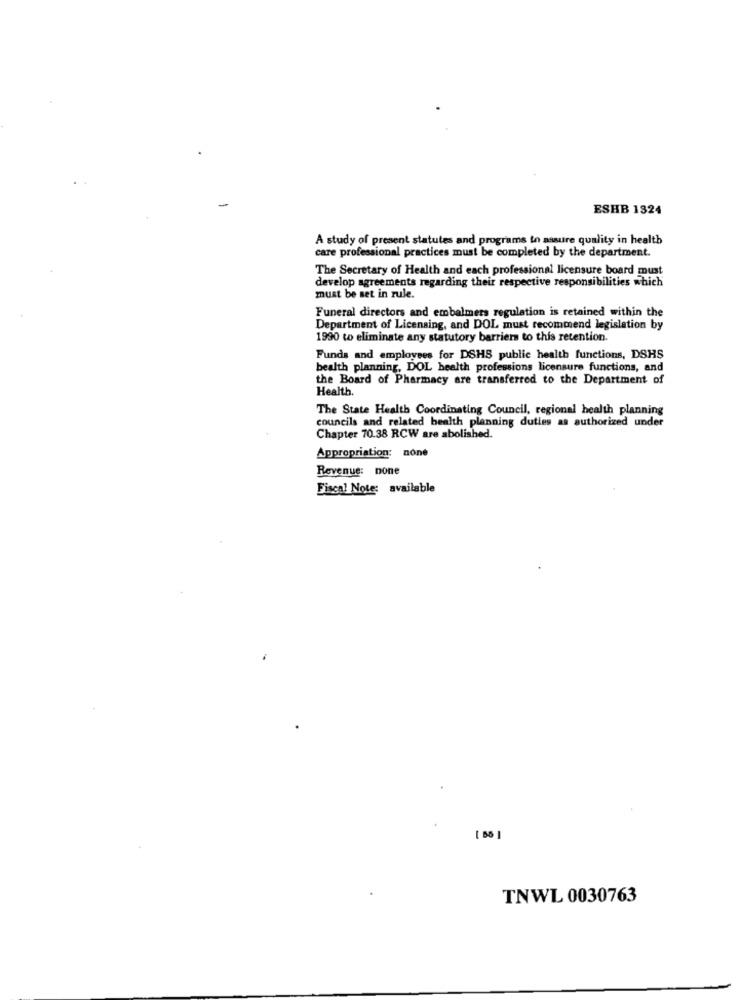
ESHB 1324
A study of present statutes and programs to assure quality in health
care professional practices must be completed by the department.
The Secretary of Health and each professional licensure board must
develop agreements regarding their respective responsibilities which
must be set in rule.
Funeral directors and embalmers regulation is retained within the
Department of Licensing, and DOL must recommend legislation by
1990 to eliminate any statutory barriers to this retention.
Funds and employees for DSHS public health functions, DSHS
bealth planning, DOL health professions licensure functions, and
the Board of Pharmacy are transferred to the Department of
Health.
The State Health Coordinating Council, regional health planning
councils and related health planning duties as authorized under
Chapter 70.38 RCW are abolished.
Appropriation: none
Revenue: none
Fiscal Note: available
TNWL 0030763